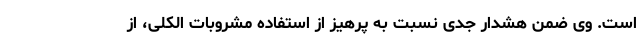
است. وی ضمن هشدار جدی نسبت به پرهیز از استفاده مشروبات الکلی، از